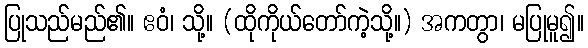
ပြုသည်မည်၏။ ဧဝံ၊ သို့။ (ထိုကိုယ်တော်ကဲ့သို့။) အကတွာ၊ မပြုမူ၍။